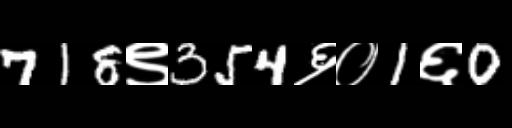
Text: 718९354६०1६0